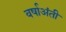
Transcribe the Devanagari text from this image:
वर्षाअंती